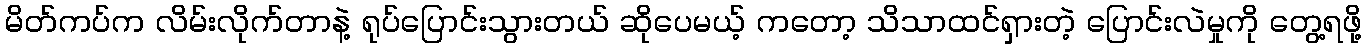
မိတ်ကပ်က လိမ်းလိုက်တာနဲ့ ရုပ်ပြောင်းသွားတယ် ဆိုပေမယ့် ကတော့ သိသာထင်ရှားတဲ့ ပြောင်းလဲမှုကို တွေ့ရဖို့